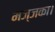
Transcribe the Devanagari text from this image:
मज्जका।